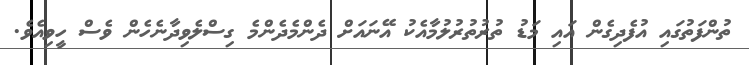
ތުންފަތުގައި އުފެދިގެން އައި މަޑު ތުރުތުރުލުމާއެކު އޭނައަށް ދެންމެދެންމެ ގިސްލެވިދާނެހެން ވެސް ހީވިއެވެ.